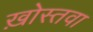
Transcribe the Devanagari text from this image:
ख़ोस्तवा